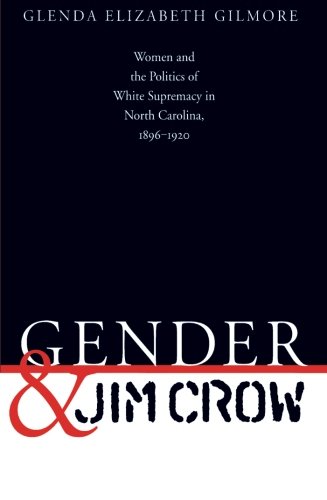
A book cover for Gender and Jim Crow: Women and the Politics of White Supremacy in North Carolina, 1896-1920 (Gender and American Culture); Glenda Elizabeth Gilmore; Gay & Lesbian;